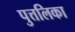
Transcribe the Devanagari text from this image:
पुत्तलिका